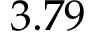
3 . 7 9